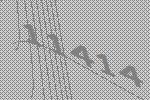
11414